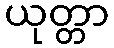
ယုတ္တာ